Plague in India, 1896, 1897 - Volume 2
Year: 1896
Disease focus: Plague
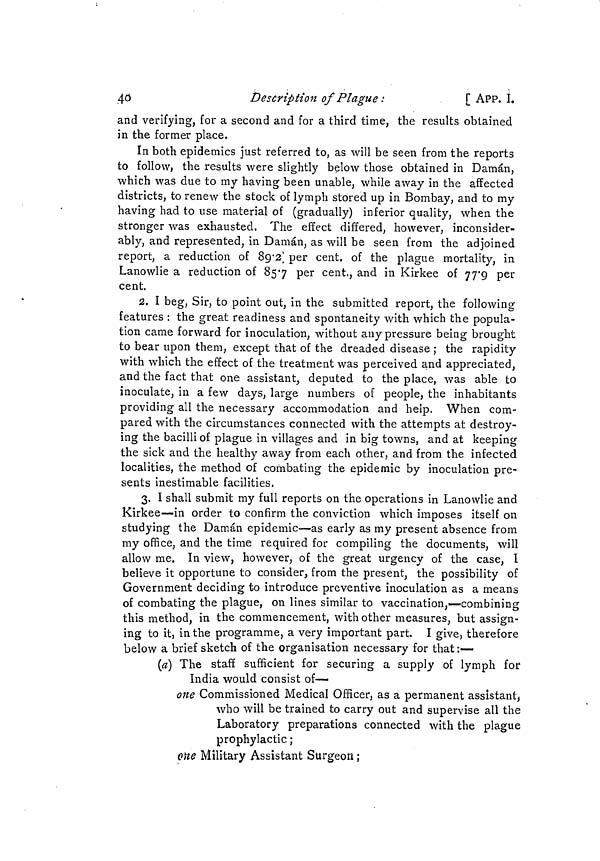
4Ò
Description of Plague :
[ APP. I.
and verifying, for a second and for a third time, the results obtained
in the former place.
In both epidemics just referred to, as will be seen from the reports
to follow, the results were slightly below those obtained in Daman,
which was due to my having been unable, while away in the affected
districts, to renew the stock of lymph stored up in Bombay, and to my
having had to use material of (gradually) inferior quality, when the
stronger was exhausted. The effect differed, however, inconsider-
ably, and represented, in Daman, as will be seen from the adjoined
report, a reduction of 89.2 per cent, of the plague mortality, in
Lanowlie a reduction of 85.7 per cent., and in Kirkee of 77.9 per
cent.
2. I beg, Sir, to point out, in the submitted report, the following
features : the great readiness and spontaneity with which the popula-
tion came forward for inoculation, without any pressure being brought
to bear upon them, except that of the dreaded disease ; the rapidity
with which the effect of the treatment was perceived and appreciated,
and the fact that one assistant, deputed to the place, was able to
inoculate, in a few days, large numbers of people, the inhabitants
providing all the necessary accommodation and help. When com-
pared with the circumstances connected with the attempts at destroy-
ing the bacilli of plague in villages and in big towns, and at keeping
the sick and the healthy away from each other, and from the infected
localities, the method of combating the epidemic by inoculation pre-
sents inestimable facilities.
3. I shall submit my full reports on the operations in Lanowlie and
Kirkee—in order to confirm the conviction which imposes itself on
studying the Daman epidemic—as early as my present absence from
my office, and the time required for compiling the documents, will
allow me. In view, however, of the great urgency of the case, I
believe it opportune to consider, from the present, the possibility of
Government deciding to introduce preventive inoculation as a means
of combating the plague, on lines similar to vaccination,—combining
this method, in the commencement, with other measures, but assign-
ing to it, in the programme, a very important part. I give, therefore
below a brief sketch of the organisation necessary for that :—
(a) The staff sufficient for securing a supply of lymph for
India would consist of—
one Commissioned Medical Officer, as a permanent assistant,
who will be trained to carry out and supervise all the
Laboratory preparations connected with the plague
prophylactic ;
one Military Assistant Surgeon ;